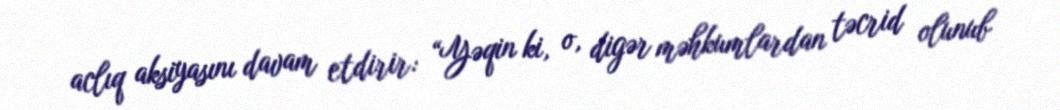
aclıq aksiyasını davam etdirir: “Yəqin ki, o, digər məhkumlardan təcrid olunub